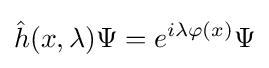
{\hat {h}}(x,\lambda )\Psi =e^{i\lambda \varphi (x)}\Psi